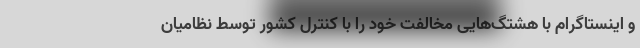
و اینستاگرام با هشتگ‌هایی مخالفت خود را با کنترل کشور توسط نظامیان